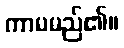
ကာမမည်၏။